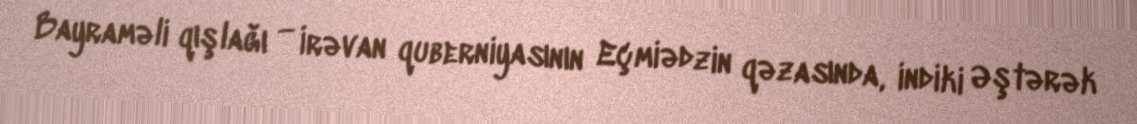
Bayraməli qışlağı — İrəvan quberniyasının Eçmiədzin qəzasında, indiki Əştərək